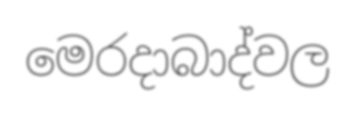
මෙරදාබාද්වල